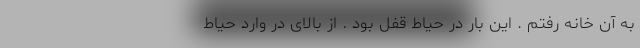
به آن خانه رفتم . این بار در حیاط قفل بود . از بالای در وارد حیاط